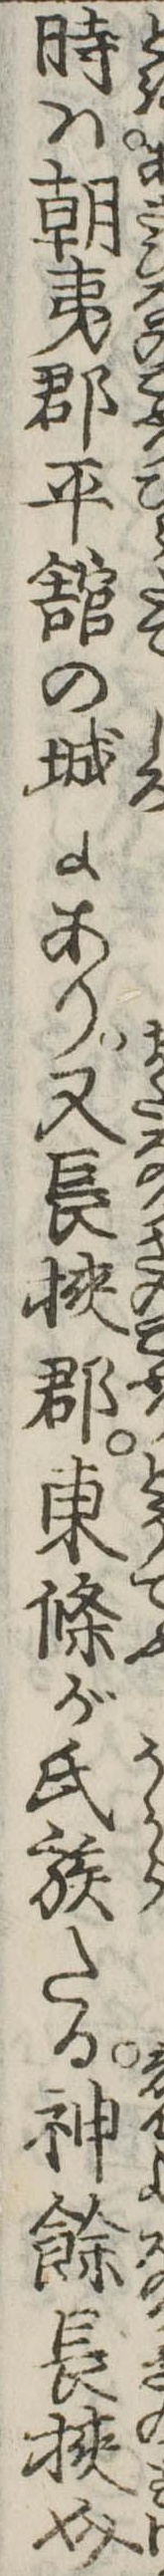
時は朝夷郡平館の城にあり又長挟郡東条が氏族たる神余長挟介